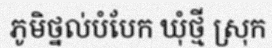
ភូមិថ្នល់បំបែក ឃុំថ្មី ស្រុក